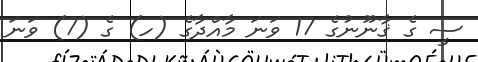
ސީ ގެ ޤާނޫނުގެ 17 ވަނަ މާއްދާގެ (ހ) ގެ (7) ވަނަ